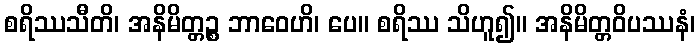
စရိဿသီတိ၊ အနိမိတ္တဉ္စ ဘာဝေဟိ၊ ပေ။ စရိဿ သိဟူ၍။ အနိမိတ္တဝိပဿနံ၊